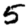
Digit: 5